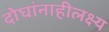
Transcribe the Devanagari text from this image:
दोघांनाहीलक्ष्य